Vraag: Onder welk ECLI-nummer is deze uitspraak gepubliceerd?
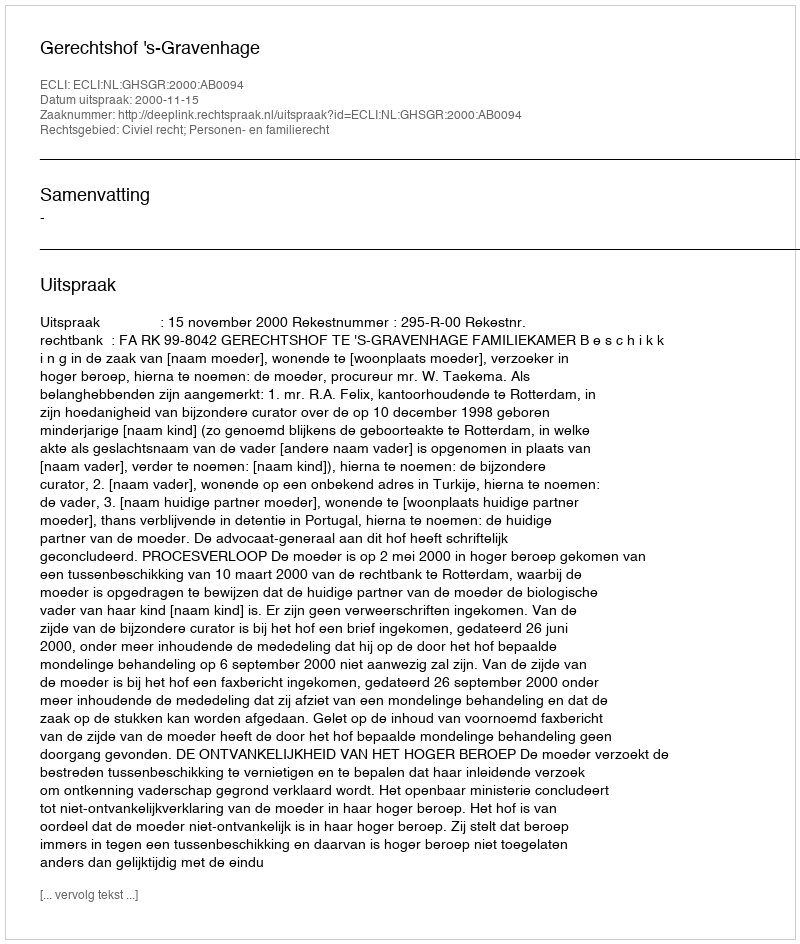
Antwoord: ECLI:NL:GHSGR:2000:AB0094